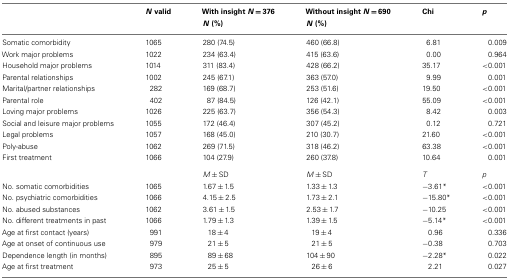
<table><thead><tr><td></td><td><b><i>N</i> valid</b></td><td><b>With insight <i>N</i> = 376</b></td><td><b>Without insight <i>N</i> = 690</b></td><td><b>Chi</b></td><td><b><i>p</i></b></td></tr><tr><td></td><td></td><td><b><i>N</i> (%)</b></td><td><b><i>N</i> (%)</b></td><td></td></tr></thead><tbody><tr><td>Somatic comorbidity</td><td>1065</td><td>280 (74.5)</td><td>460 (66.8)</td><td>6.81</td><td>0.009</td></tr><tr><td>Work major problems</td><td>1022</td><td>234 (63.4)</td><td>415 (63.6)</td><td>0.00</td><td>0.964</td></tr><tr><td>Household major problems</td><td>1014</td><td>311 (83.4)</td><td>428 (66.2)</td><td>35.17</td><td>&lt;0.001</td></tr><tr><td>Parental relationships</td><td>1002</td><td>245 (67.1)</td><td>363 (57.0)</td><td>9.99</td><td>0.001</td></tr><tr><td>Marital/partner relationships</td><td>282</td><td>169 (68.7)</td><td>253 (51.6)</td><td>19.50</td><td>&lt;0.001</td></tr><tr><td>Parental role</td><td>402</td><td>87 (84.5)</td><td>126 (42.1)</td><td>55.09</td><td>&lt;0.001</td></tr><tr><td>Loving major problems</td><td>1026</td><td>225 (63.7)</td><td>356 (54.3)</td><td>8.42</td><td>0.003</td></tr><tr><td>Social and leisure major problems</td><td>1055</td><td>172 (46.4)</td><td>307 (45.2)</td><td>0.12</td><td>0.721</td></tr><tr><td>Legal problems</td><td>1057</td><td>168 (45.0)</td><td>210 (30.7)</td><td>21.60</td><td>&lt;0.001</td></tr><tr><td>Poly-abuse</td><td>1062</td><td>269 (71.5)</td><td>318 (46.2)</td><td>63.38</td><td>&lt;0.001</td></tr><tr><td>First treatment</td><td>1066</td><td>104 (27.9)</td><td>260 (37.8)</td><td>10.64</td><td>0.001</td></tr><tr><td></td><td></td><td><i>M</i> ± SD</td><td><i>M</i> ± SD</td><td><i>T</i></td><td><i>p</i></td></tr><tr><td>No. somatic comorbidities</td><td>1065</td><td>1.67 ± 1.5</td><td>1.33 ± 1.3</td><td>−3.61*</td><td>&lt;0.001</td></tr><tr><td>No. psychiatric comorbidities</td><td>1066</td><td>4.15 ± 2.5</td><td>1.73 ± 2.1</td><td>−15.80*</td><td>&lt;0.001</td></tr><tr><td>No. abused substances</td><td>1062</td><td>3.61 ± 1.5</td><td>2.53 ± 1.7</td><td>−10.25</td><td>&lt;0.001</td></tr><tr><td>No. different treatments in past</td><td>1066</td><td>1.79 ± 1.3</td><td>1.39 ± 1.5</td><td>−5.14*</td><td>&lt;0.001</td></tr><tr><td>Age at first contact (years)</td><td>991</td><td>18 ± 4</td><td>19 ± 4</td><td>0.96</td><td>0.336</td></tr><tr><td>Age at onset of continuous use</td><td>979</td><td>21 ± 5</td><td>21 ± 5</td><td>−0.38</td><td>0.703</td></tr><tr><td>Dependence length (in months)</td><td>895</td><td>89 ± 68</td><td>104 ± 90</td><td>−2.28*</td><td>0.022</td></tr><tr><td>Age at first treatment</td><td>973</td><td>25 ± 5</td><td>26 ± 6</td><td>2.21</td><td>0.027</td></tr></tbody></table>